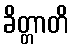
ခိတ္တာတိ